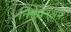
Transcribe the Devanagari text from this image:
निषेचनक्षम